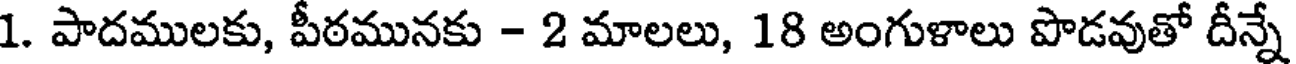
1. పాదములకు, పీఠమునకు - 2 మాలలు, 18 అంగుళాలు పొడవుతో దీన్నే